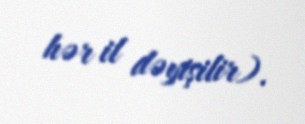
hər il dəyişilir).